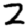
Digit: 2